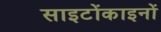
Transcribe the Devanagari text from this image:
साइटोंकाइनों